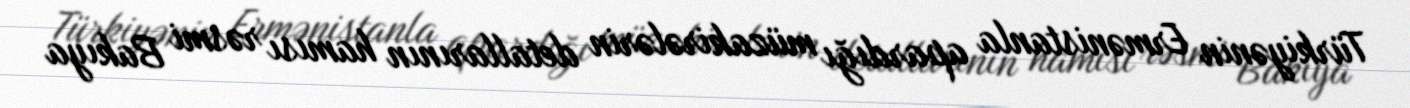
Türkiyənin Ermənistanla apardığı müzakirələrin detallarının hamısı rəsmi Bakıya